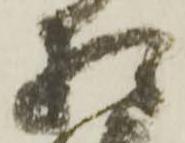
相